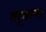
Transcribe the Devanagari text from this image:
तनूकरण।